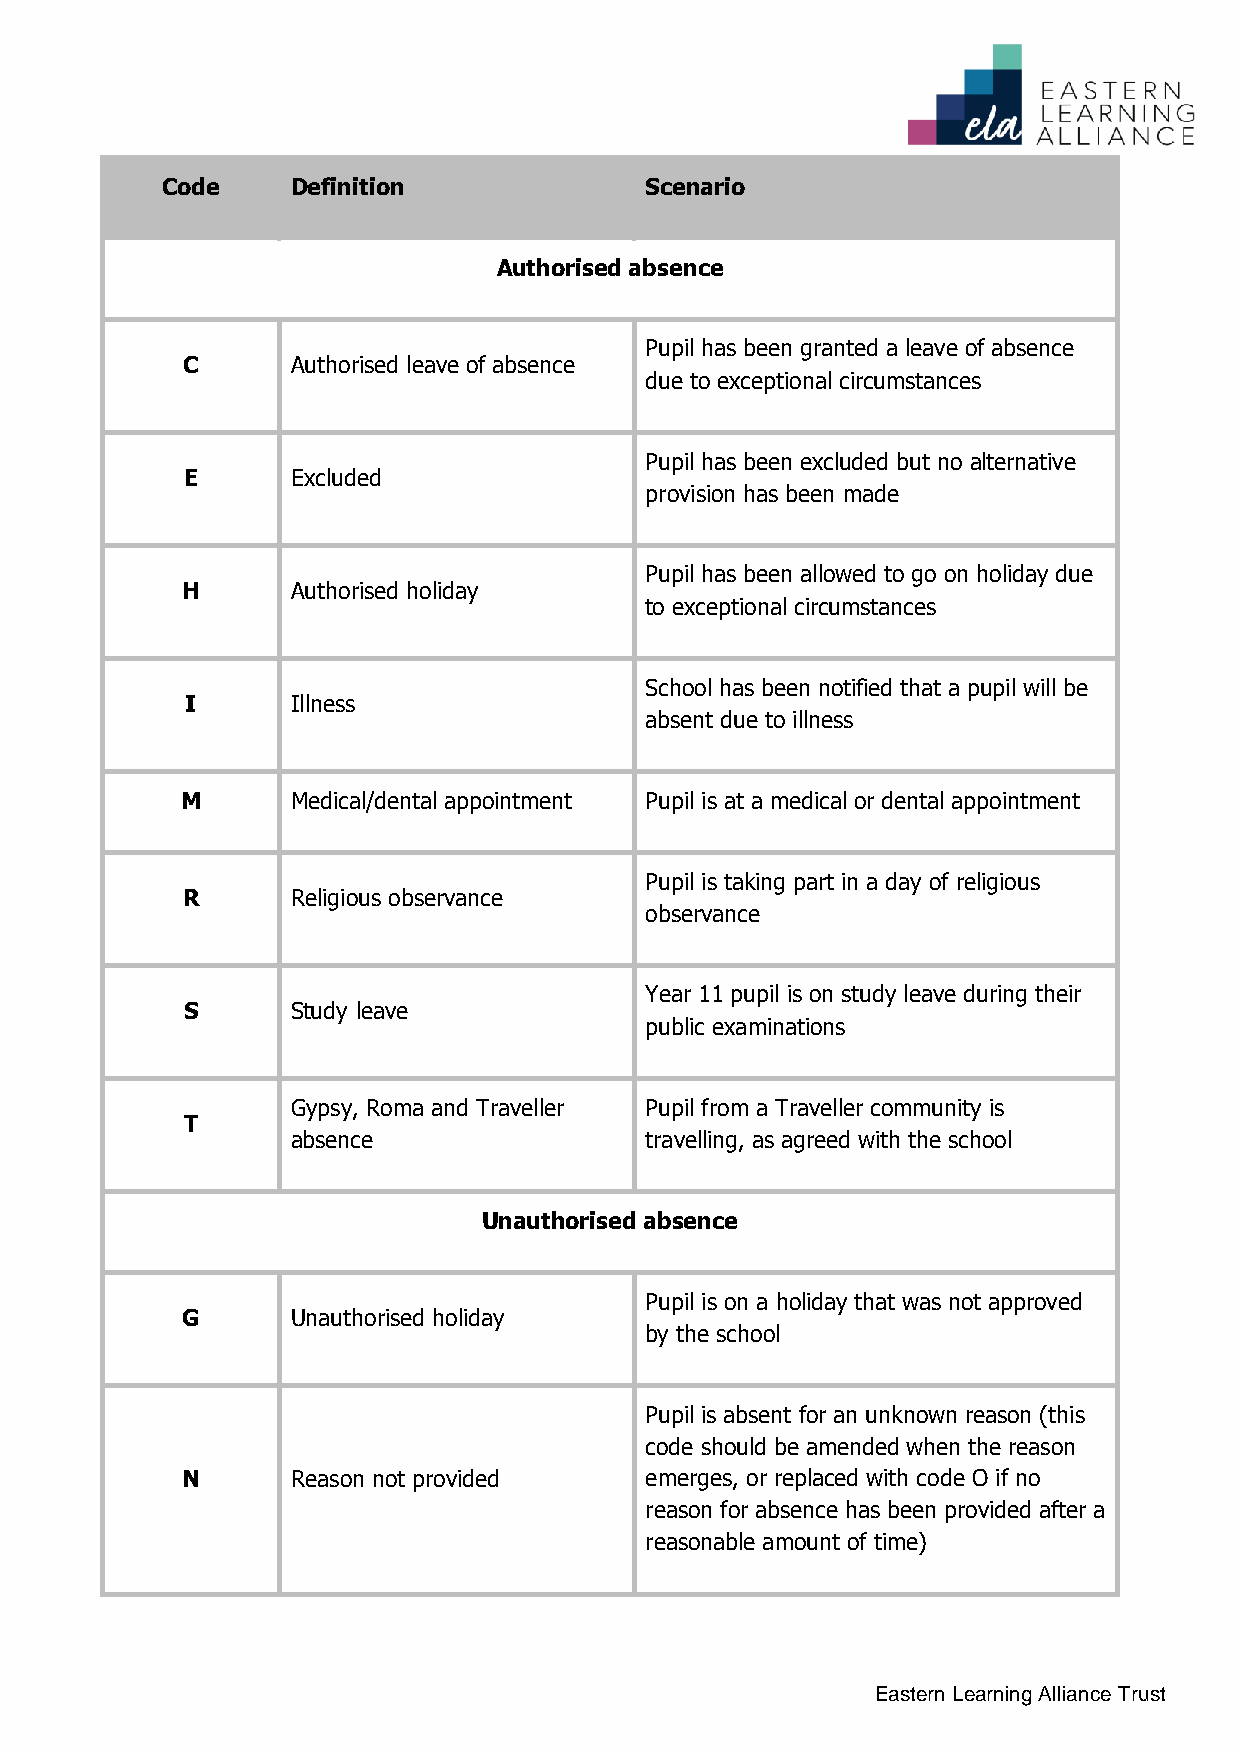
Code    Definition              Scenario
 Authorised absence
 Pupil has been granted a leave of absence
 C      Authorised leave of absence
 due to exceptional circumstances
 Pupil has been excluded but no alternative
 E      Excluded
 provision has been made
 Pupil has been allowed to go on holiday due
 H      Authorised holiday
 to exceptional circumstances
 School has been notified that a pupil will be
 I      Illness
 absent due to illness
 M      Medical/dental appointment Pupil is at a medical or dental appointment
 Pupil is taking part in a day of religious
 R      Religious observance
 observance
 Year 11 pupil is on study leave during their
 S      Study leave
 public examinations
 Gypsy, Roma and Traveller Pupil from a Traveller community is
 T
 absence                 travelling, as agreed with the school
 Unauthorised absence
 Pupil is on a holiday that was not approved
 G      Unauthorised holiday
 by the school
 Pupil is absent for an unknown reason (this
 code should be amended when the reason
 N      Reason not provided     emerges, or replaced with code O if no
 reason for absence has been provided after a
 reasonable amount of time)
 Eastern Learning Alliance Trust